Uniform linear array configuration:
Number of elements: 12
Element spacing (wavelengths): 0.25
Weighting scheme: exponential
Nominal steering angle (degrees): -30
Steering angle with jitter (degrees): -28.895
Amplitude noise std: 0.05
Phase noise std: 0.05

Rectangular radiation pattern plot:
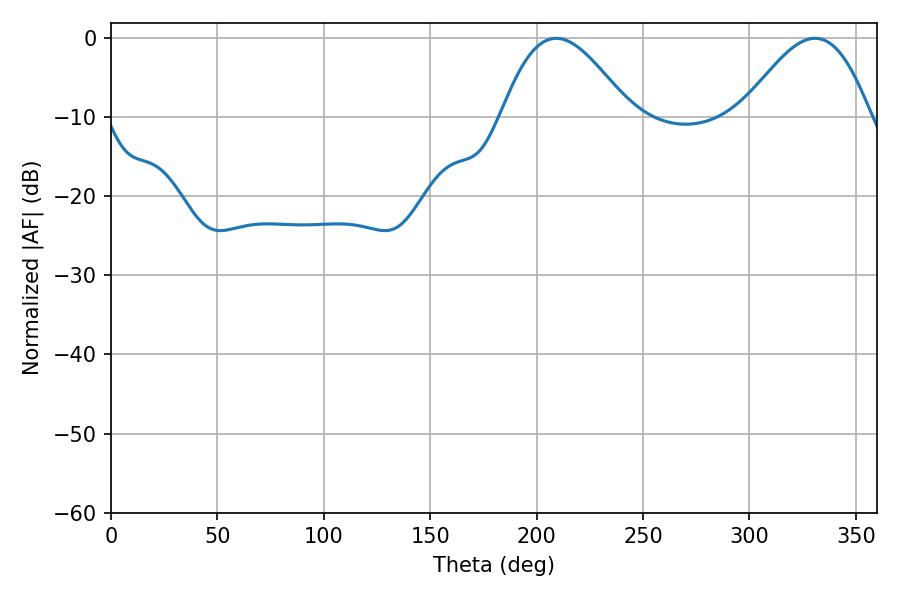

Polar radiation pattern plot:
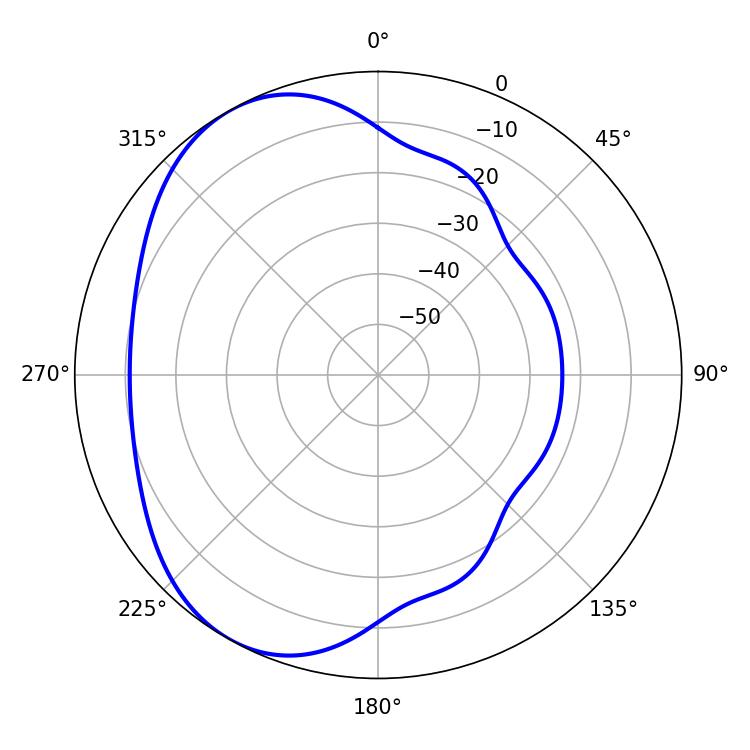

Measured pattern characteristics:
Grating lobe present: FALSE
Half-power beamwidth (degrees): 32.58
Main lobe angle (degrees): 209.16